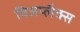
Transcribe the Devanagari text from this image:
विजप्लैक्स